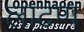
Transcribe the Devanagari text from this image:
लाटण